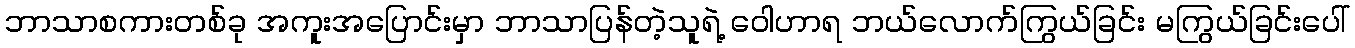
ဘာသာစကားတစ်ခု အကူးအပြောင်းမှာ ဘာသာပြန်တဲ့သူရဲ့ ဝေါဟာရ ဘယ်လောက်ကြွယ်ခြင်း မကြွယ်ခြင်းပေါ်